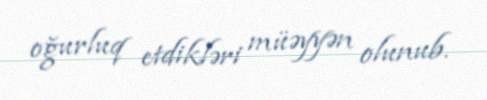
oğurluq etdikləri müəyyən olunub.